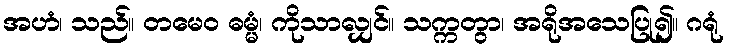
အဟံ၊ သည်။ တမေဝ ဓမ္မံ၊ ကိုသာလျှင်။ သက္ကတွာ၊ အရိုအသေပြု၍။ ဂရုံ